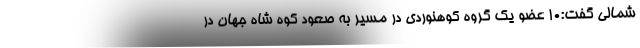
شمالی گفت:۱۰ عضو یک گروه کوهنوردی در مسیر به صعود کوه شاه جهان در